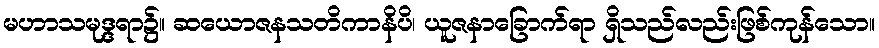
မဟာသမုဒ္ဒရာ၌။ ဆယောဇနသတိကာနိပိ၊ ယူဇနာခြောက်ရာ ရှိသည်လည်းဖြစ်ကုန်သော။